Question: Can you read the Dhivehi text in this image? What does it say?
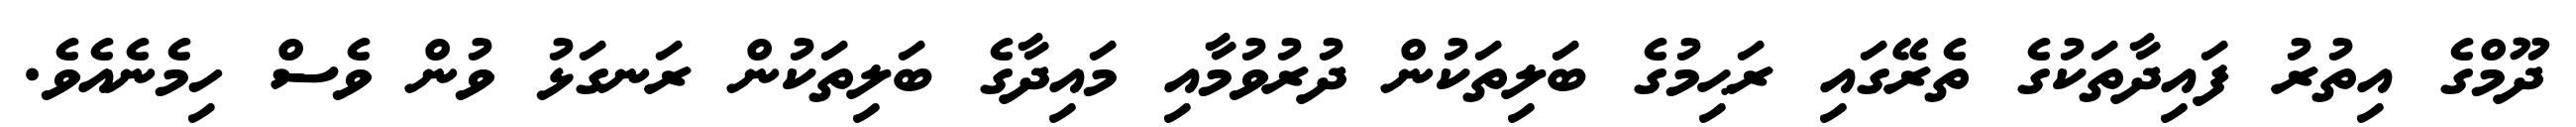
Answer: ދޫމްގެ އިތުރު ފައިދާތަކުގެ ތެރޭގައި ރަޙިމުގެ ބަލިތަކުން ދުރުވުމާއި މައިދާގެ ބަލިތަކުން ރަނގަޅު ވުން ވެސް ހިމެނެއެވެ.